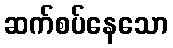
ဆက်စပ်နေသော